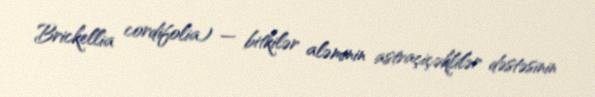
Brickellia cordifolia) — bitkilər aləminin astraçiçəklilər dəstəsinin